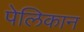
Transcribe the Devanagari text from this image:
पेलिकान